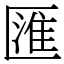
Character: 匯